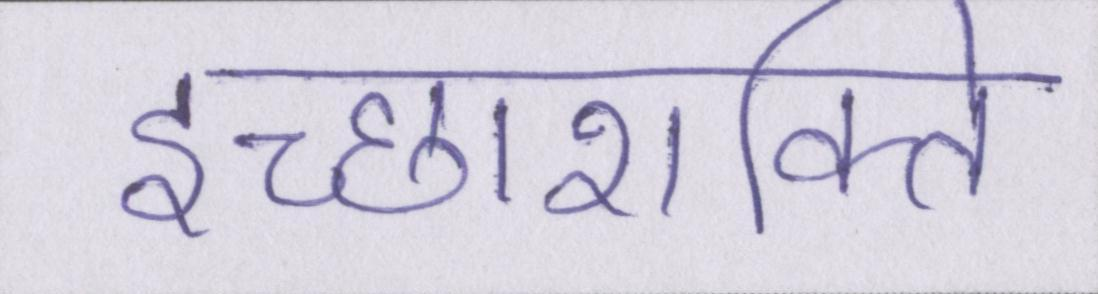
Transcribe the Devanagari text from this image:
इच्छाशक्ति